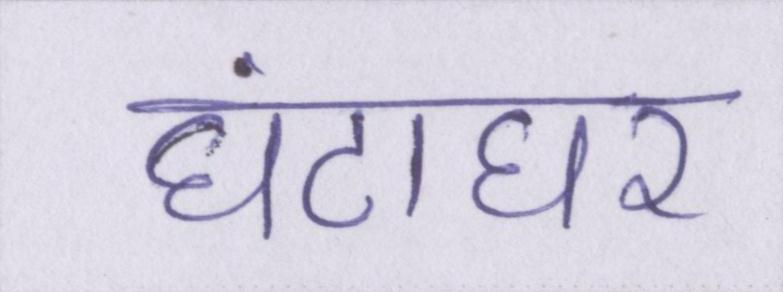
घंटाघर